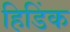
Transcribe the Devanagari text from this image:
हिडिंक